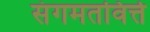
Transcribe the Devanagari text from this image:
संगमतविर्त्त